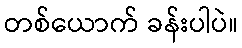
တစ်ယောက် ခန်းပါပဲ။